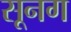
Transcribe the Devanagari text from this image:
सूनग